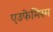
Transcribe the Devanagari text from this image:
एउफेमिस्म